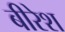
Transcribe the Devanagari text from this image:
बीरेश